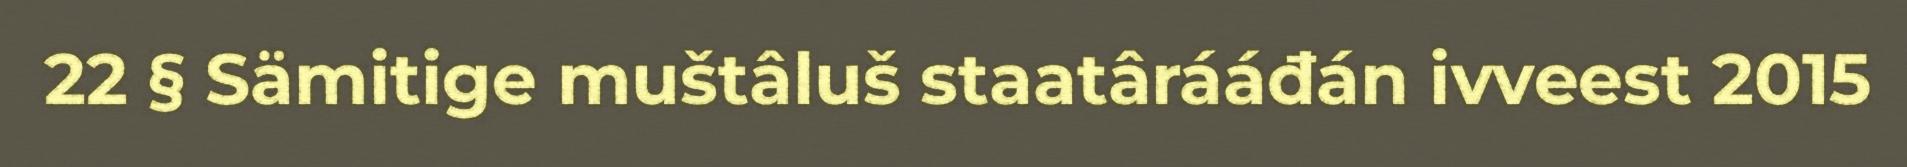
22 § Sämitige muštâluš staatârááđán ivveest 2015